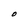
Character: O